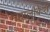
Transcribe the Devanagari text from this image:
महालोकेश